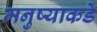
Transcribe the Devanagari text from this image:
मनुष्याकडे